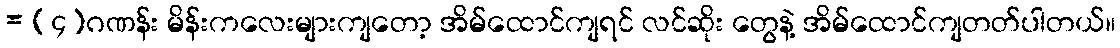
= (၄)ဂဏန်း မိန်းကလေးများကျတော့ အိမ်ထောင်ကျရင် လင်ဆိုး တွေနဲ့ အိမ်ထောင်ကျတတ်ပါတယ်။